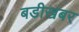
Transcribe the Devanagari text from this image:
बडीखबर